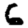
Digit: 6